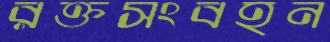
রক্তসংবহন